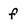
Character: f